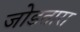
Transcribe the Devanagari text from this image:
जोडतारा